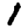
Digit: 1